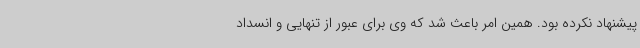
پیشنهاد نکرده بود. همین امر باعث شد که وی برای عبور از تنهایی و انسداد